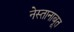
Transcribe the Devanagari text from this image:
नेस्तानाबूत